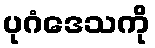
ပုဂံဒေသကို